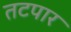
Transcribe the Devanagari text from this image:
तटपार